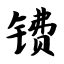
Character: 镄